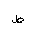
Letter: _da